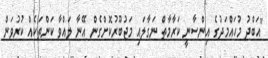
"އަބްދު މުހައްމަދުގެ އިންސާނީ ކަރާމާތް ނަގާލައި މަޖުބޫރުކޮށްގެން އޭނާ ލައްވާ ކަންތަކެއް ކުރުވަން